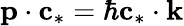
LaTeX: \textbf{p}\cdot\textbf{c}_{*}=\hbar\textbf{c}_{*}\cdot\textbf{k}